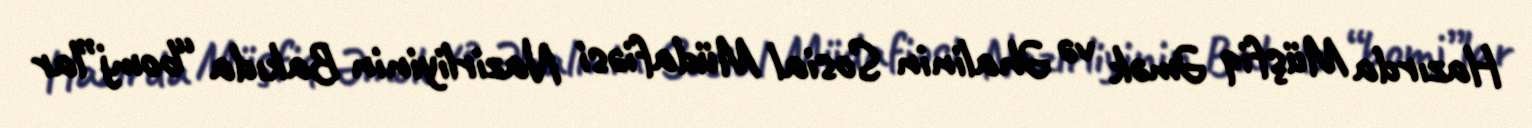
Hazırda Müşfiq Əmək və Əhalinin Sosial Müdafiəsi Nazirliyinin Bakıda “bomj”lar